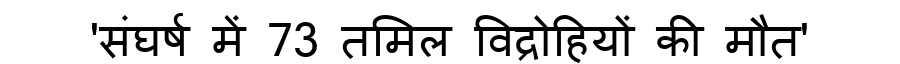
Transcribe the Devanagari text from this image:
'संघर्ष में 73 तमिल विद्रोहियों की मौत'